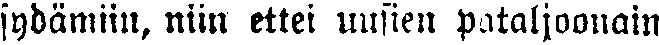
sydämiin, niin ettei uusien pataljoonain